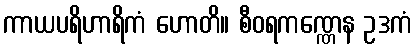
ကာယပရိဟာရိကံ ဟောတိ။ စီဝရကဏ္ဏေန ဥဒကံ